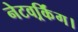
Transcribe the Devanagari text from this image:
नेटवर्र्किंग।